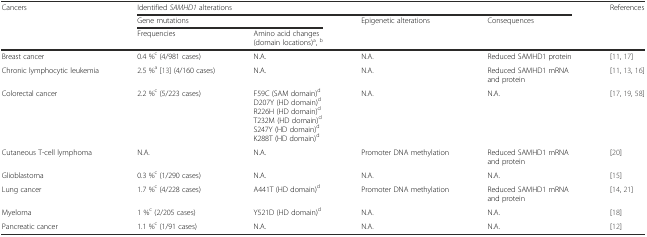
| <ROWSPAN=3> Cancers | <COLSPAN=4> Identified SAMHD1 alterations | <ROWSPAN=3> References |
 | <COLSPAN=2> Gene mutations | <ROWSPAN=2> Epigenetic alterations | <ROWSPAN=2> Consequences |
 | Frequencies | Amino acid changes (domain locations)a, b |
 | --- | --- | --- | --- | --- | --- |
 | Breast cancer | 0.4 %c (4/981 cases) | N.A. | N.A. | Reduced SAMHD1 protein | [11, 17] |
 | Chronic lymphocytic leukemia | 2.5 %a [13] (4/160 cases) | N.A. | N.A. | Reduced SAMHD1 mRNA and protein | [11, 13, 16] |
 | Colorectal cancer | 2.2 %c (5/223 cases) | F59C (SAM domain)d D207Y (HD domain)d R226H (HD domain)d T232M (HD domain)d S247Y (HD domain)d K288T (HD domain)d | N.A. | N.A. | [17, 19, 58] |
 | Cutaneous T-cell lymphoma | N.A. | N.A. | Promoter DNA methylation | Reduced SAMHD1 mRNA and protein | [20] |
 | Glioblastoma | 0.3 %c (1/290 cases) | N.A. | N.A. | N.A. | [15] |
 | Lung cancer | 1.7 %c (4/228 cases) | A441T (HD domain)d | Promoter DNA methylation | Reduced SAMHD1 mRNA and protein | [14, 21] |
 | Myeloma | 1 %c (2/205 cases) | Y521D (HD domain)d | N.A. | N.A. | [18] |
 | Pancreatic cancer | 1.1 %c (1/91 cases) | N.A. | N.A. | N.A. | [12] |